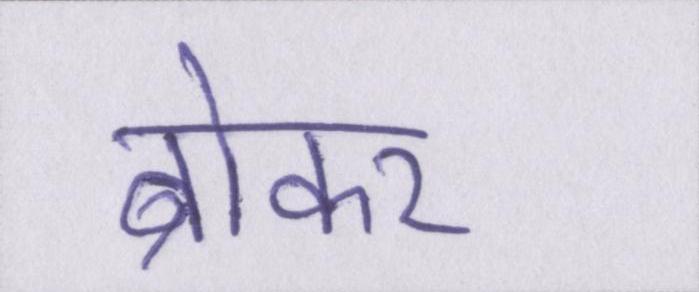
ब्रोकर